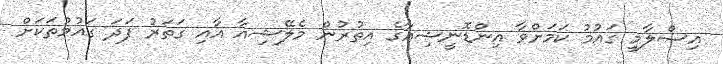
އިސްލާމީ ގައުމު ކަމަށްވާ އިންޑޮނީޝިއާގެ އިތުރުން މެލޭޝިއާ އާއި ގަތަރު ފަދަ ގައުމުތަކަށް